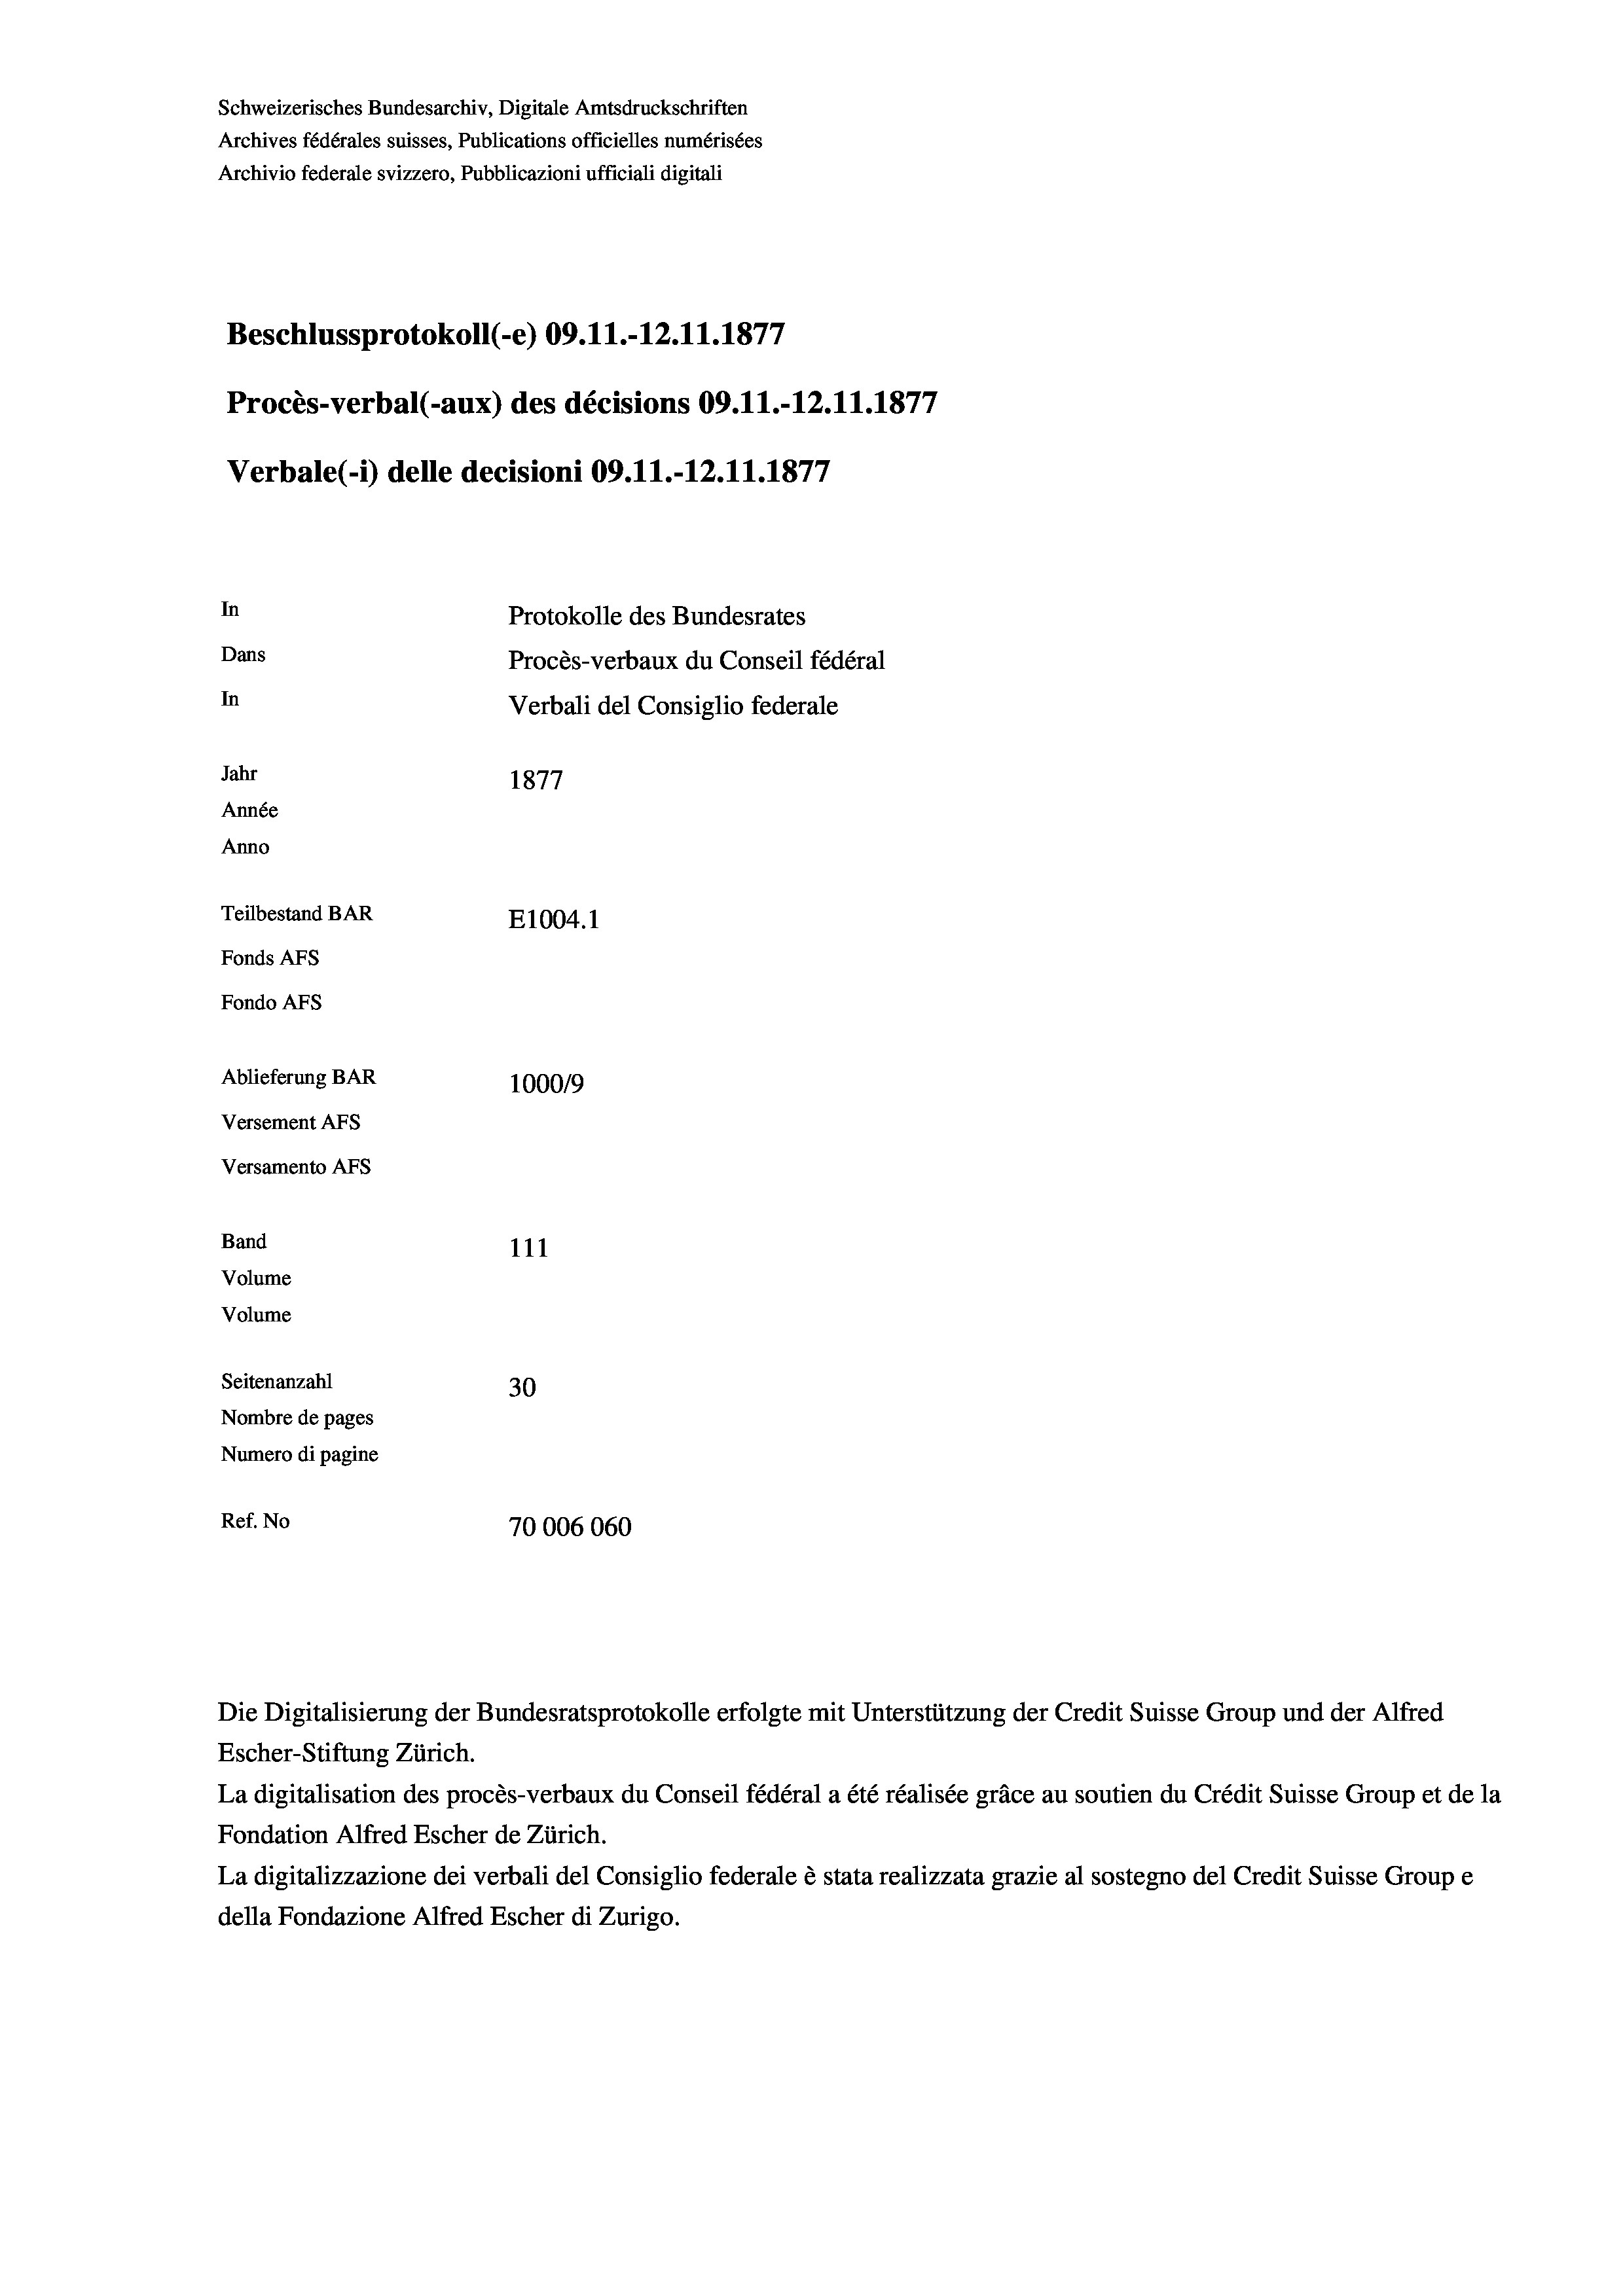
Schweizerisches Bundesarchiv, Digitale Amtsdruckschriften
Archives fédérales suisses, Publications officielles numérisées
Archivio federale svizzero, Pubblicazioni ufficiali digitali
Beschlussprotokoll (-e) 09.11.-12.11.1877
Procès-verbal (-aux) des décisions 09.11.-12.11.1877
Verbale (i) delle decisioni 09.11.-12.11.1877
In
Protokolle des Bundesrates
Dans
Procès-verbaux du Conseil fédéral
In
Verbali del Consiglio federale
Jahr
1877
Année
Anno
Teilbestand BAR
E1004. 1
Fonds AFs
Fondo Afs
Ablieferung BAR
100019
Versement AFs
Versamento Afs
Band
111
Volume
Volume
Seitenanzahl
30
Nombre de pages
Numero di pagine
Ref. No
70006060

Escher-Stiftung Zürich.
La digitalisation des procès-verbaux du Conseil fédéral a été réalisée gräce au soutien du Crédit Suisse Group et de la
Fondation Alfred Escher de Zürich.
La digitalizzazione dei verbali del Consiglio federale è stata realizzata grazie al sostegno del Credit Suisse Groupe
della Fondazione Alfred Escher di Zurigo.

Die Digitalisierung der Bundesratsprotokolle erfolgte mit Unterstützung der Credit Suisse Group und der Alfred